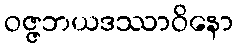
ဝဇ္ဇဘယဒဿာဝိနော